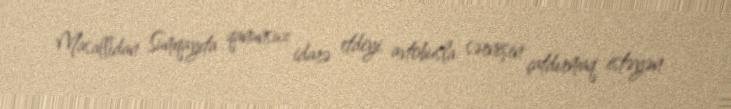
Masallıdan Sumqayıta qanunsuz idarə etdiyi avtobusla sərnişin çatdırmaq istəyən